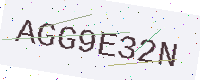
Text: AGG9E32N